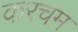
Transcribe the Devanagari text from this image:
करचम